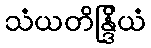
သံယတိန္ဒြိယံ